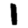
Digit: 1